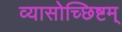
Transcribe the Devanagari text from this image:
व्यासोच्छिष्टम्